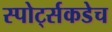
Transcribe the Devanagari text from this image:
स्पोर्ट्सकडेच